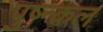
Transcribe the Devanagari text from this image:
पुष्न्कल